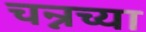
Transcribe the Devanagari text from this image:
चन्नच्या